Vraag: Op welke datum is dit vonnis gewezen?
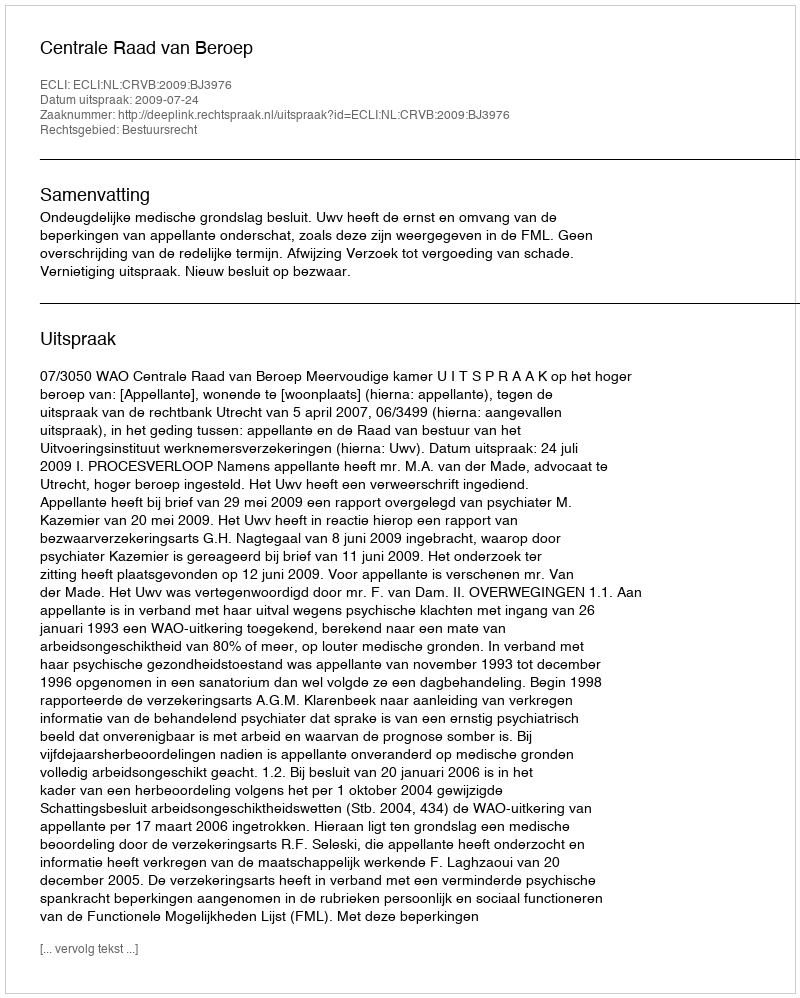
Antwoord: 2009-07-24